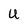
Character: U